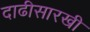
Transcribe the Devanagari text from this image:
दाढीसारखी